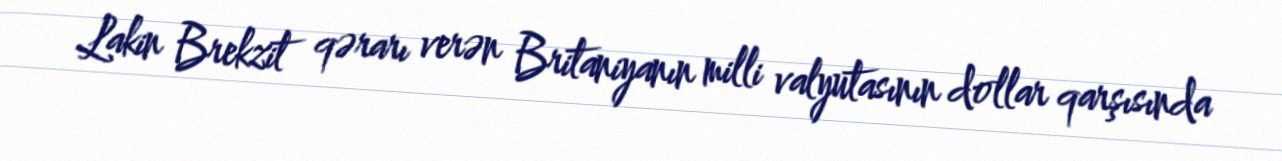
Lakin Brekzit qərarı verən Britaniyanın milli valyutasının dollar qarşısında